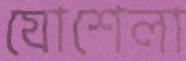
যোশেলা